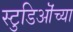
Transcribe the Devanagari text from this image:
स्टुडिऒंच्या